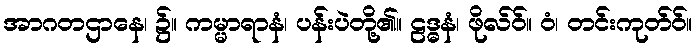
အာဂတဌာနေ၊ ၌။ ကမ္မာရာနံ၊ ပန်းပဲတို့၏။ ဠဒ္ဓနံ၊ ဖိုလ်ဝ်။ ဝံ၊ တင်းကုတ်ဝ်။